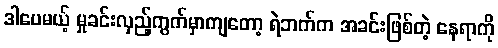
ဒါပေမယ့် မှုခင်းလှည့်ကွက်မှာကျတော့ ရဲဘက်က အခင်းဖြစ်တဲ့ နေရာကို